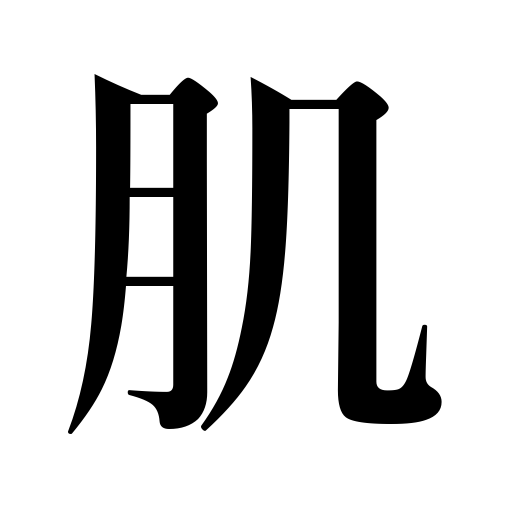
Meanings: body,skin,grain,texture,disposition